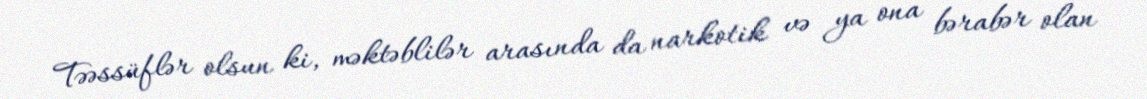
Təəssüflər olsun ki, məktəblilər arasında da narkotik və ya ona bərabər olan